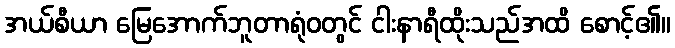
အယ်စီယာ မြေအောက်ဘူတာရုံဝတွင် ငါးနာရီထိုးသည်အထိ စောင့်၏။